Report on enteric fever
Disease focus: Fever
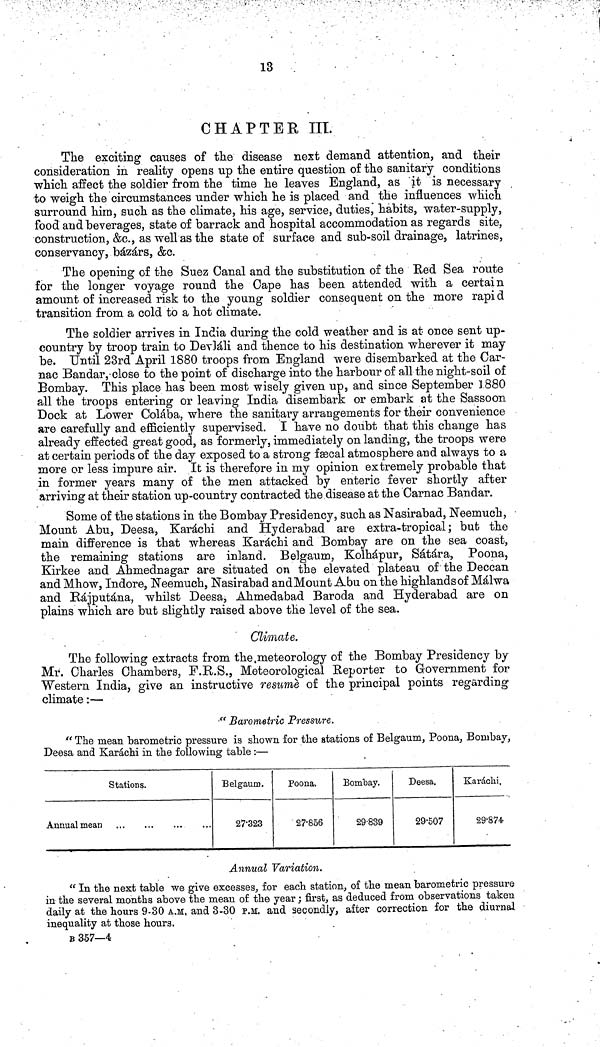
13 .
CHAPTER m.
The exciting causes of the disease next demand attention, and their
consideration in reality opens up the entire question of the sanitary conditions
which affect the soldier from the time he leaves England, as "it is necessary
to weigh the circumstances under which he is placed and the influences which
surround him, such as the climate, his age, service, duties, habits, water-supply,
food and beverages, state of barrack and hospital accommodation as regards site,
construction, &c., as well as the state of surface and sub-soil drainage, latrines,
conservancy, bazars, &c.
The opening of the Suez Canal and the substitution of the Bed Sea route
for the longer voyage round the Cape has been attended with a certain
amount of increased risk to the young soldier consequent on the more rapi d
transition from a cold to a hot climate.
The soldier arrives in India during the cold weather and is at once sent up-
country by troop train to DevJáli and thence to his destination wherever it may
be. Until 23rd April 1880 troops from England were disembarked at the Car-
nac Bandar,-close to the point of discharge into the harbour of all the night-soil of
Bombay. This place has been most wisely given up, and since September 1880
all the troops entering or leaving India disembark or embark at the Sassoon
Dock at Lower Colaba, where the sanitary arrangements for their convenience
are carefully and efficiently supervised. I have no doubt that this change has
already effected great good, as formerly, immediately on landing, the troops were
at certain periods of the day exposed to a strong f secal atmosphere and always to a
more or less impure air. It is therefore in my opinion extremely probable that
in former years many of the men attacked by enteric fever shortly after
arriving at their station up-country contracted the disease at the Carnac Bandar.
Some of the stations in the Bombay Presidency, such as Nasirabad, Neemuch,
Mount Abu, Deesa, Karachi and Hyderabad are extra-tropical; but the
main difference is that whereas Karachi and Bombay are on the sea coast,
the remaining stations are inland. Belgaum, Kolhápur, Sátára, Poona,
Kirkee and Ahmednagar are situated on the elevated plateau of the Deccan
and Mhow, Indore, Neemuch, Nasirabad andMount Abu on the highlands of Málwa
and Rájputána, whilst Deesa, Ahmedabad Baroda and Hyderabad are on
plains which are but slightly raised above the level of the sea.
Climate.
The following extracts from the meteorology of the Bombay Presidency by
Mr. Charles Chambers, F.R.S., Meteorological Reporter to Government for
Western India, give an instructive resume of the principal points regarding
climate :—
" Barometric Pressure.
" The mean barometric pressure is shown for the stations of Belgaum, Poona, Bombay,
Deesa and Karachi in the following table :—
Stations.
Annual mean
Belgaum.
27-323
Poona.
27-856
Bombay.
29-839
Deesa.
29-507
Karachi,
29-874
Annual Variation.
" In the next table we give excesses, for each station, of the mean barometric pressure
in the several months above the mean of the year ; first, as deduced from observations taken
daily at the hours 9-30 A.M, and 3-30 P.M. and secondly, after correction for the diurnal
inequality at those hours.
B 357—4